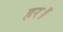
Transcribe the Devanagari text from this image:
हर॥